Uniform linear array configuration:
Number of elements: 24
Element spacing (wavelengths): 0.75
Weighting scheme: kaiser
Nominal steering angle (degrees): -15
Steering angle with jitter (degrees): -13.18
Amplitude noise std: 0.05
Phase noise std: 0.05

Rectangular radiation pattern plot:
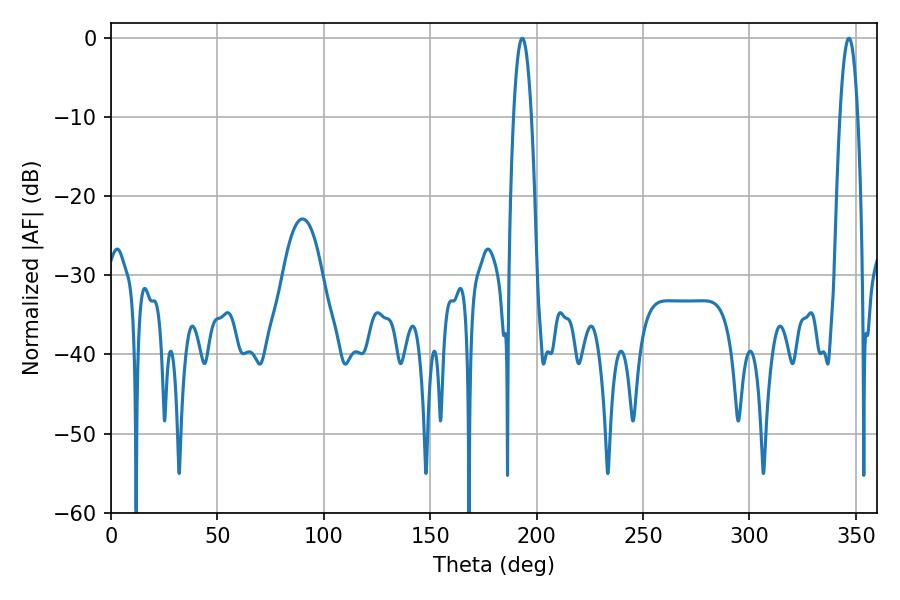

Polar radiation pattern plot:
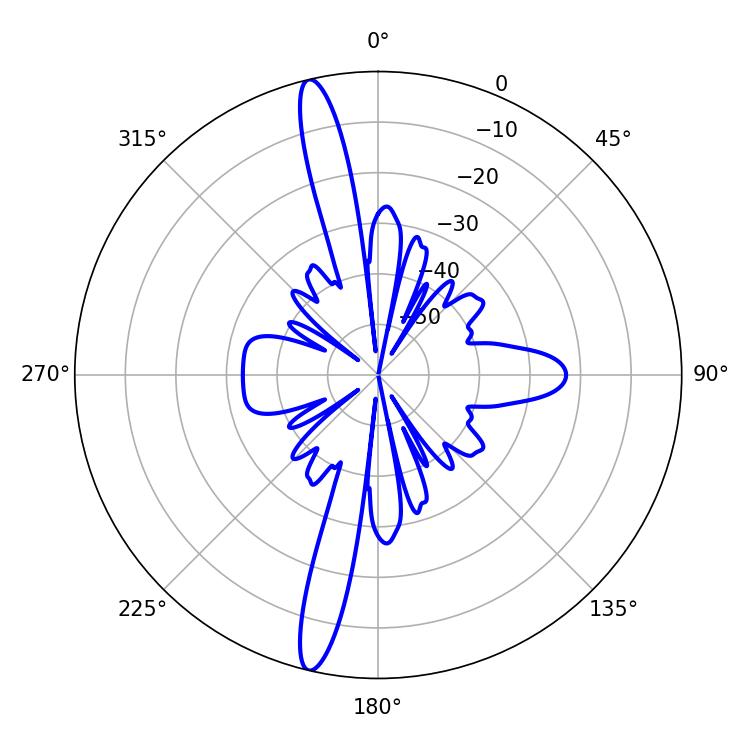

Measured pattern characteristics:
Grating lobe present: TRUE
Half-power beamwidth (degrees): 4.5
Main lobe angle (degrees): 193.32